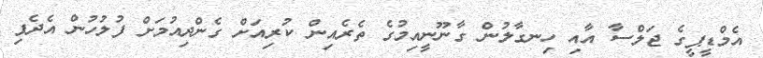
އެމްޑީޕީގެ ޖަލްސާ އާއި ހިނގާލުން ގާނޫނީއިމުގެ ތެރެއިން ކުރިއަށް ގެންދިއުމަށް ފުލުހުން އެދެފި